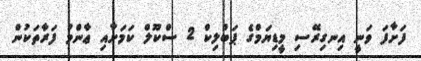
ފަށާފަ ވަނީ އިނގިރޭސި މީޑިޔަމްގެ ޕަބްލިކް 2 ސްކޫލް ކަމަށާއި ޢާންމު ފަރާތަކުން